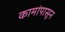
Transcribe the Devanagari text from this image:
कामांपासून